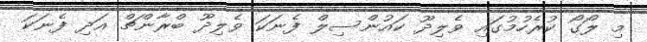
މި ލޯގޯ ކުރެހުމުގައި ވެލިދޫ ކައުންސިލް ފެނަކަ ވެލިދޫ ބްރާންޗް އަދި ފެނަކަ